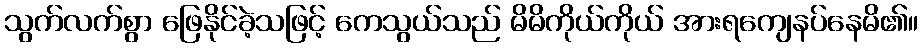
သွက်လက်စွာ ဖြေနိုင်ခဲ့သဖြင့် ကေသွယ်သည် မိမိကိုယ်ကိုယ် အားရကျေနပ်နေမိ၏။